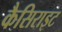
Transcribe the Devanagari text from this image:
कैसिराइट